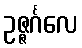
ဥဇ္ဇင်္ဂလေ